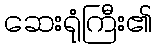
ဆေးရုံကြီး၏